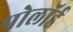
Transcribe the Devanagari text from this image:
पोलॉर्ड